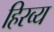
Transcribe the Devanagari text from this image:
हिरव्य